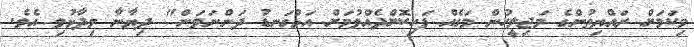
މިކަމަށް ރައްޔިތުންގެ މަޖިލީހުން މަގެއް ފަހިކޮށްދެއްވުމަށް އަޅުގަނޑު ދަންނަވަން" ދިޔާނާ ވިދާޅުވި އެވެ.